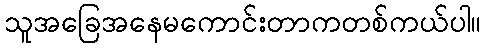
သူအခြေအနေမကောင်းတာကတစ်ကယ်ပါ။